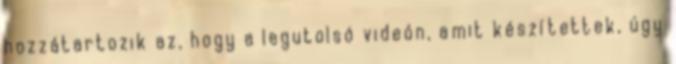
hozzátartozik az, hogy a legutolsó videón, amit készítettek, úgy